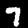
Label: 7